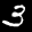
Label: 3